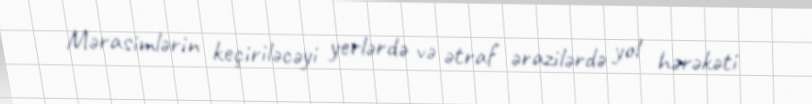
Mərasimlərin keçiriləcəyi yerlərdə və ətraf ərazilərdə yol hərəkəti